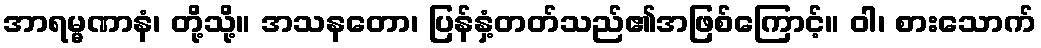
အာရမ္မဏာနံ၊ တို့သို့။ အသနတော၊ ပြန်နှံ့တတ်သည်၏အဖြစ်ကြောင့်။ ဝါ၊ စားသောက်